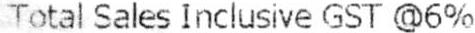
TOTAL SALES INCLUSIVE GST @6%